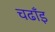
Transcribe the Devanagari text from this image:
चढाँइ